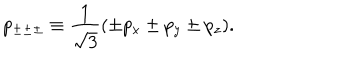
p _ { \pm \pm \pm } \equiv \frac 1 { \sqrt { 3 } } ( \pm p _ { x } \pm p _ { y } \pm p _ { z } ) .